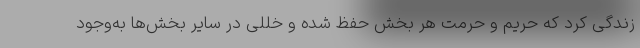
زندگی کرد که حریم و حرمت هر بخش حفظ شده و خللی در سایر بخش‌ها به‌وجود